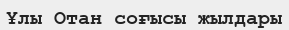
Ұлы Отан соғысы жылдары